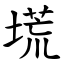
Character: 塃